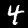
Label: 4